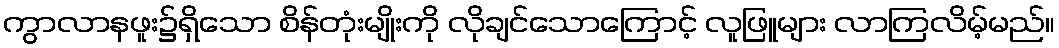
ကွာလာနဖူး၌ရှိသော စိန်တုံးမျိုးကို လိုချင်သောကြောင့် လူဖြူများ လာကြလိမ့်မည်။